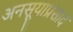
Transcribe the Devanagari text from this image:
अनसूयाप्रसाद